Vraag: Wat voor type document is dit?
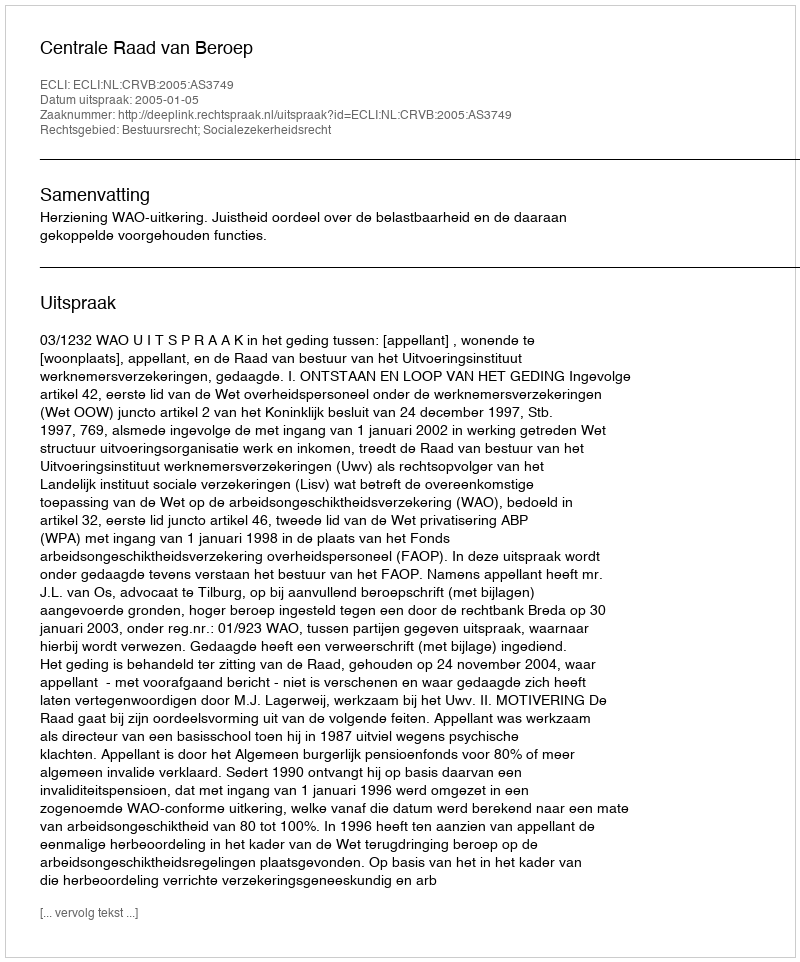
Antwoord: Uitspraak